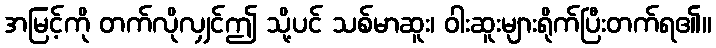
အမြင့်ကို တက်လိုလျှင်ဤ သို့ပင် သစ်မာဆူး၊ ဝါးဆူးများရိုက်ပြီးတက်ရ၏။